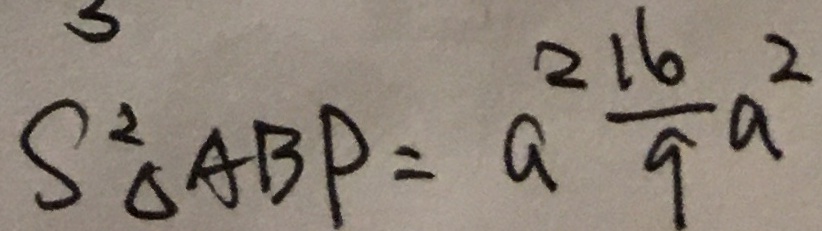
S ^ { 2 } _ { \Delta A B P } = a ^ { 2 } \frac { 1 6 } { 9 } a ^ { 2 }